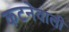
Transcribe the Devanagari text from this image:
कटनेवाली